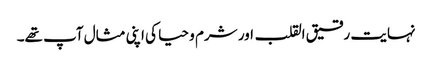
نہایت رقیق القلب اور شرم و حیا کی اپنی مثال آپ تھے۔